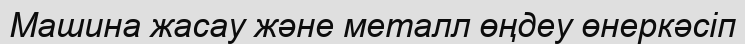
Машина жасау және металл өңдеу өнеркәсіп